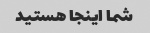
شما اینجا هستید